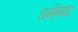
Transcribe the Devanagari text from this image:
धर्मोन्माद